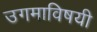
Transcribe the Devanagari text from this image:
उगमाविषयी